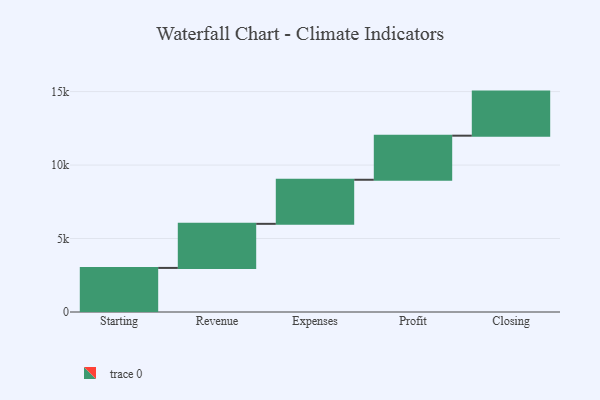
{"axis": {"x": "Step", "y": "Value"}, "legend": [""], "data": [{"x": "Starting", "y": 3000, "type": ""}, {"x": "Revenue", "y": 3000, "type": ""}, {"x": "Expenses", "y": 3000, "type": ""}, {"x": "Profit", "y": 3000, "type": ""}, {"x": "Closing", "y": 3000, "type": ""}]}